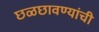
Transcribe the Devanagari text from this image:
छळछावण्यांची